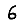
Digit: 6